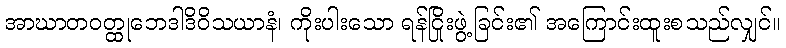
အာဃာတဝတ္ထုဘေဒါဒိဝိသယာနံ၊ ကိုးပါးသော ရန်ငြိုးဖွဲ့ခြင်း၏ အကြောင်းထူးစသည်လျှင်။